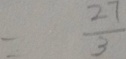
= \frac { 2 7 } { 3 }